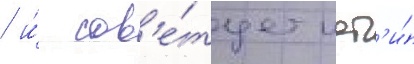
/ и́ сов'е́тует идт'и́